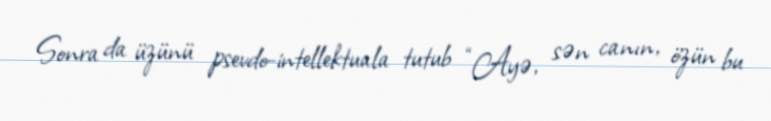
Sonra da üzünü psevdo-intellektuala tutub “Ayə, sən canın, özün bu